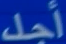
أحد